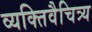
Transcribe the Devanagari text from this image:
व्यक्तिवैचित्र्य